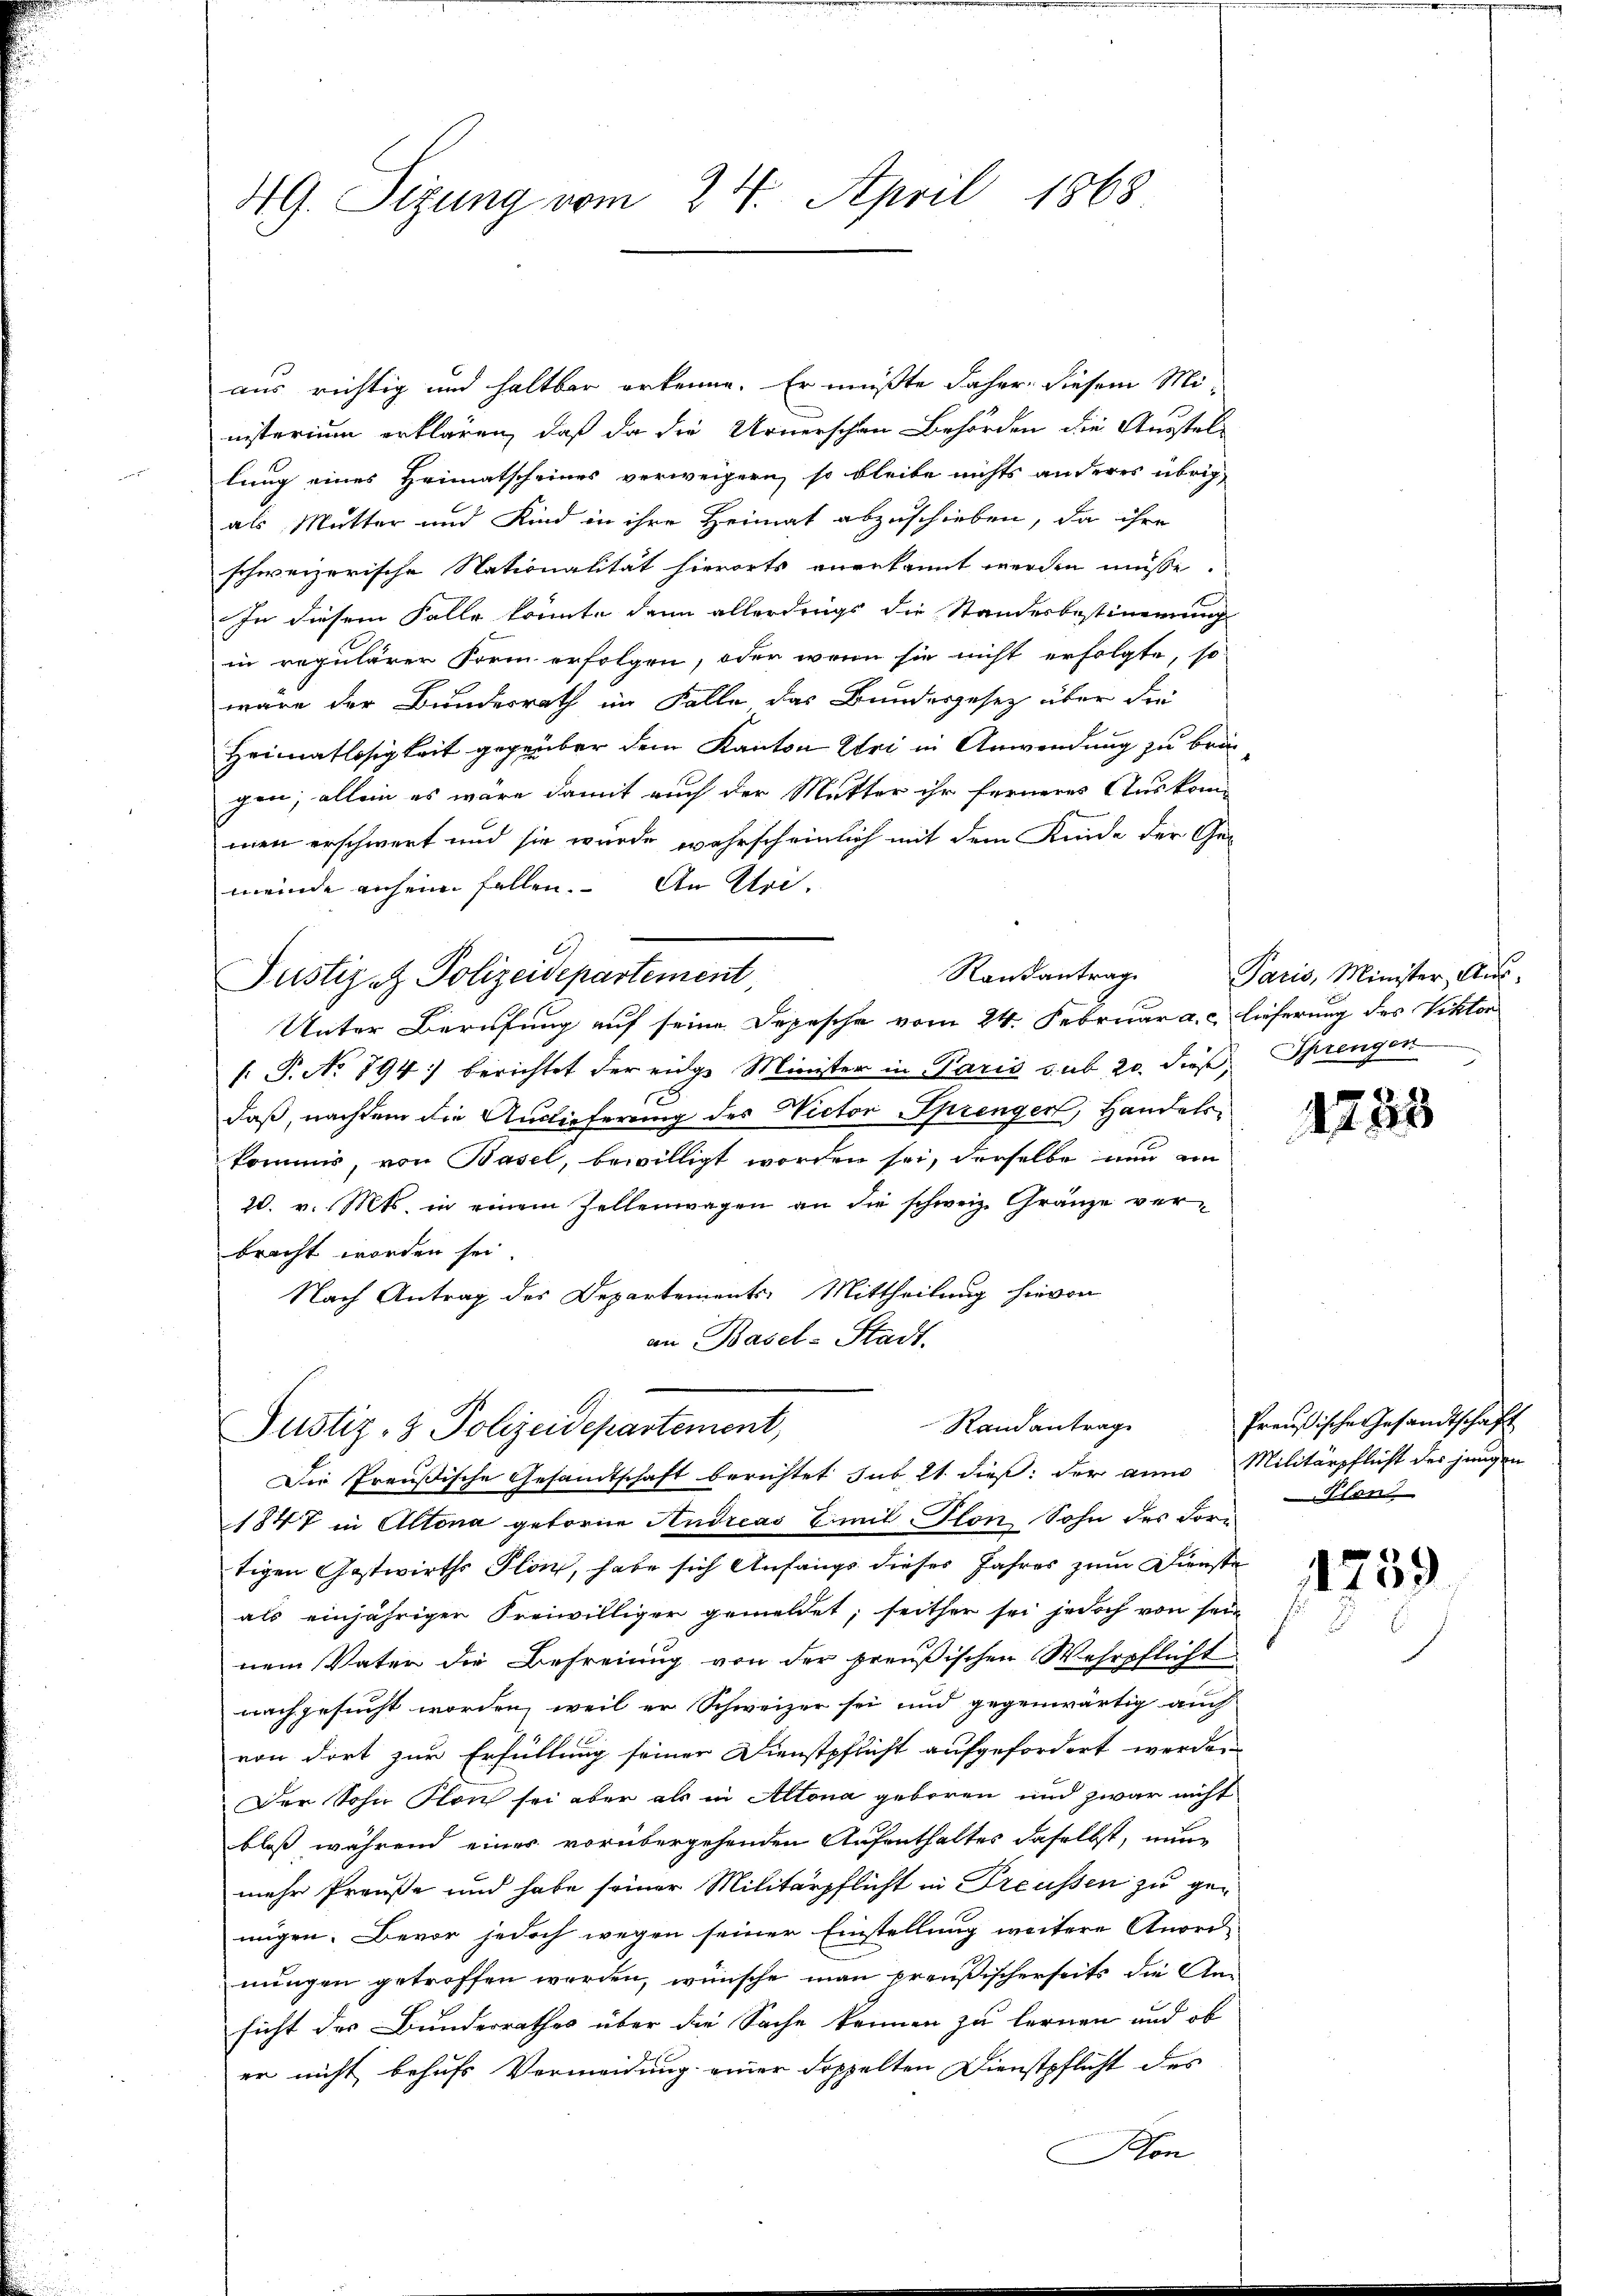
4G. Sizung vom 24. April 1868

aus richtig und haltbar erkenne. Er müßte daher diesem Mi-
nisterium erklären, daß da die Urnerschen Behörden die Ausstellung eines Heimatscheines verweigern, so bleibe nichts anderes übrig
als Mutter und Kind in ihre Heimat abzuschieben, da ihre
schweizerische Nationalität hierorts anerkannt werden müsse.
In diesem Falle könnte dann allerdings die Standesbestimmung
in regulärer Form erfolgen, oder wenn sie nicht erfolgte, so
wäre der Bundesrath im Falle, das Bundesgesetz über die
Heimatlosigkeit gegeüber dem Kanton Uri in Anwendung zu bringen; allein es wäre damit auch der Mutter ihr ferneres Auskom-
men erschwert und sie wurde wahrscheinlich mit dem Kinde der Ge-
meinde anheim fallen. An Uri,
Randantrage
Justiz et Polizeidepartement
Unter Berufung auf seine Depesche vom 24. Februar a. lieferung des Viktor
f. P. No 794. berichtet der eige Minister in Paris sub 20. diese Sprengen
1
daß, nachdem die Auslieferung des Nictor Sprengen, Handelskommis, von Basel, bewilligt worden sei, derselbe nun an
20. v. Mts. in einem Zellenwagen an die schweiz. Gränze verbracht worden sei
Nach Antrag des Departements Mittheilung hievon
an Basel-Stadt.

Randantrag
Justiz- & Polizeidepartement,
Die Preußische Gesandtschaft berichtet sub 21 dieß: der ain Militärpflicht der jungen

Paris, Minister Aus¬

1847 in Altona geforne Andreas Emil Ton Sohn des Fortigen Gastwirths Plin, habe sich Anfangs dieses Jahres zum Dienste
als einjährigen Freiwilliger gemeldet; seither sei jedoch von sein
nem Vater die Befreiung von der preußischen Wehrpflicht
nachgesucht worden, weil er Schweizer sei und gegenwärtig auch
von dort zur Erfüllung seiner Dienstpflicht aufgefordert werden
Der Sohn Plon sei aber als in Altona geboren und zwar nicht
bloß während einer vorübergehenden Aufenthaltes daselbst, nun
mehr Preuße und habe seiner Militärpflicht in Preussen zu genügen. Bevor jedoch wegen seiner Einstellung weitere Anord-
nungen getroffen werden, wünsche man preußischerseits die An-
sicht des Bunderrathes über die Sache kennen zu lernen und ob
er nicht behufs Vermeidung einer doppelten Dienstpflicht des
on

1733

Preußische Gesandtschaft
Sten

1259